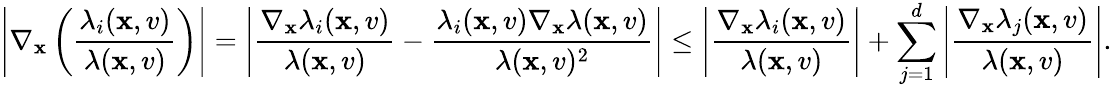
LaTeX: \left\lvert\nabla_{\mathbf{x}}\left(\frac{{\lambda_{i}(\mathbf{x},v)}}{{\lambda(\mathbf{x},v)}}\right)\right\rvert=\left\lvert\frac{{\nabla_{\mathbf{x}}\lambda_{i}(\mathbf{x},v)}}{{\lambda(\mathbf{x},v)}}-\frac{{\lambda_{i}(\mathbf{x},v)\nabla_{\mathbf{x}}\lambda(\mathbf{x},v)}}{{\lambda(\mathbf{x},v)^{2}}}\right\rvert\leq\left\lvert\frac{{\nabla_{\mathbf{x}}\lambda_{i}(\mathbf{x},v)}}{{\lambda(\mathbf{x},v)}}\right\rvert+\sum_{j=1}^{d}\left\lvert\frac{{\nabla_{\mathbf{x}}\lambda_{j}(\mathbf{x},v)}}{{\lambda(\mathbf{x},v)}}\right\rvert.